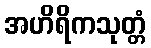
အဟိရိကသုတ္တံ